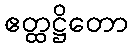
ဧတ္ထဋ္ဌိတော